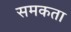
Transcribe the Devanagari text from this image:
समकता